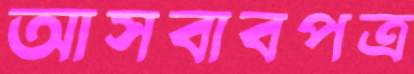
আসবাবপত্র